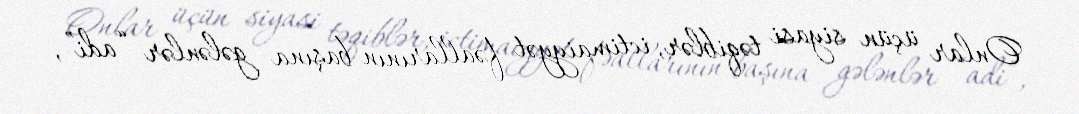
Onlar üçün siyasi təqiblər, ictimaiyyət fəallarının başına gələnlər “adi”,